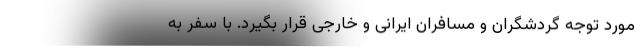
مورد توجه گردشگران و مسافران ایرانی و خارجی قرار بگیرد. با سفر به